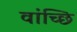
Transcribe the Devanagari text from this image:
वांच्छि